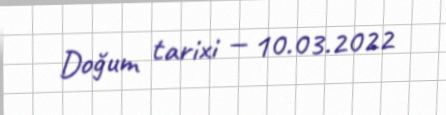
Doğum tarixi — 10.03.2022